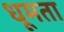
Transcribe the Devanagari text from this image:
धूमता